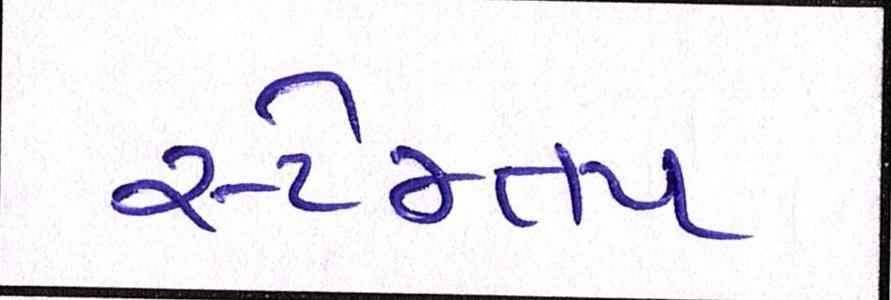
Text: સ્ટેમ્તપ